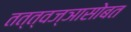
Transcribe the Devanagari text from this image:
तत्त्वज्ञासोबत